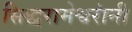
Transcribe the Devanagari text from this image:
सिद्धरामेश्वरांनी